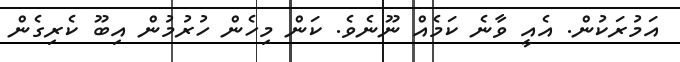
އަމުރަކުން. އެއީ ވާނެ ކަމެއް ނޫނެވެ. ކަން މިހެން ހުރުމުން އިބޫ ކެރިގެން